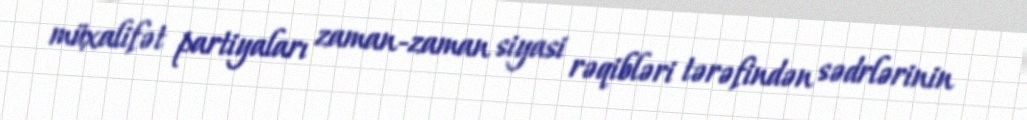
müxalifət partiyaları zaman-zaman siyasi rəqibləri tərəfindən sədrlərinin